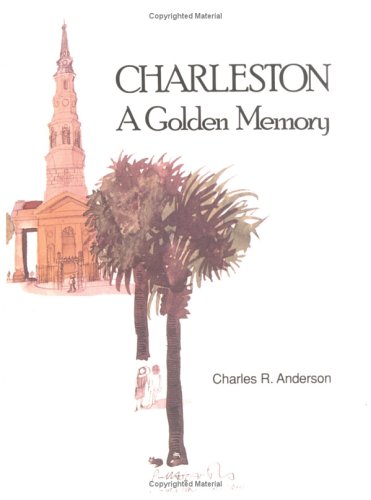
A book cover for Charleston: a Golden Memory; Charles Anderson; Travel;